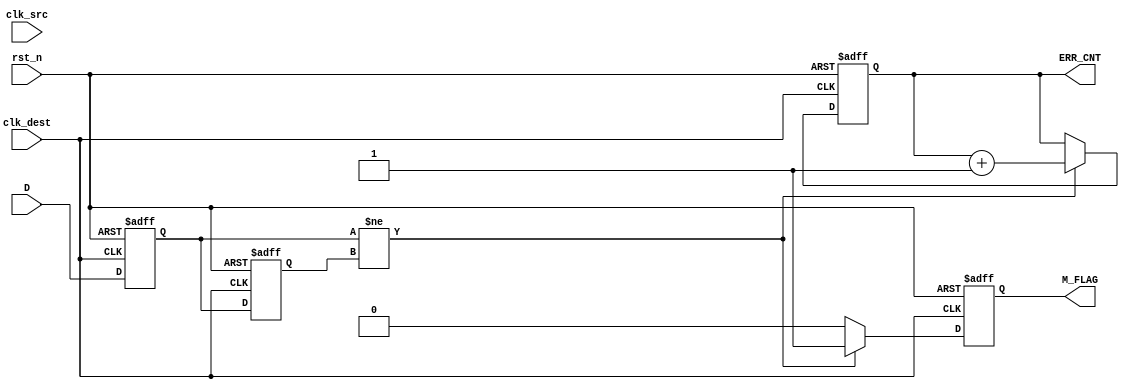
module cdc_detector (
    input wire clk_src,        // Source clock
    input wire clk_dest,       // Destination clock
    input wire rst_n,          // Asynchronous active-low reset
    input wire D,              // Data signal to monitor
    output reg M_FLAG,         // Metastability flag
    output reg [31:0] ERR_CNT  // Error counter
);

    // Internal signals for flip-flops
    reg Q1, Q2;

    // Synchronous logic for destination clock domain
    always @(posedge clk_dest or negedge rst_n) begin
        if (!rst_n) begin
            Q1 <= 1'b0;
            Q2 <= 1'b0;
            M_FLAG <= 1'b0;
            ERR_CNT <= 32'b0;
        end else begin
            Q1 <= D;          // Sample D on clk_dest
            Q2 <= Q1;         // Sample Q1 on the next clk_dest

            // Detect metastability condition
            if (Q1 != Q2) begin
                M_FLAG <= 1'b1; // Set metastability flag
                ERR_CNT <= ERR_CNT + 1; // Increment error counter
            end else begin
                M_FLAG <= 1'b0; // Clear metastability flag
            end
        end
    end

endmodule